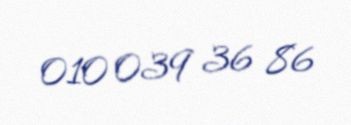
010 039 36 86